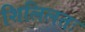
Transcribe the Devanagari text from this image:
शिलिलतः